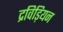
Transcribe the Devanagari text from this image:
द्रविड़ियन